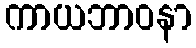
ကာယဘာဝနာ